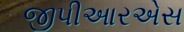
જીપીઆરએસ